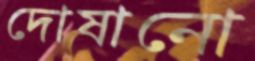
দোষানো